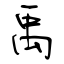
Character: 禹